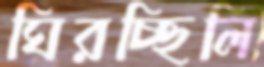
ঘিরচ্ছিলি